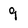
Character: 9